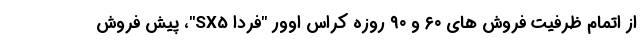
از اتمام ظرفیت فروش های ۶۰ و ۹۰ روزه کراس اوور "فردا SX5"، پیش فروش